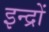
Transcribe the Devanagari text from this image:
इन्द्रों